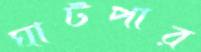
ঘাটপার